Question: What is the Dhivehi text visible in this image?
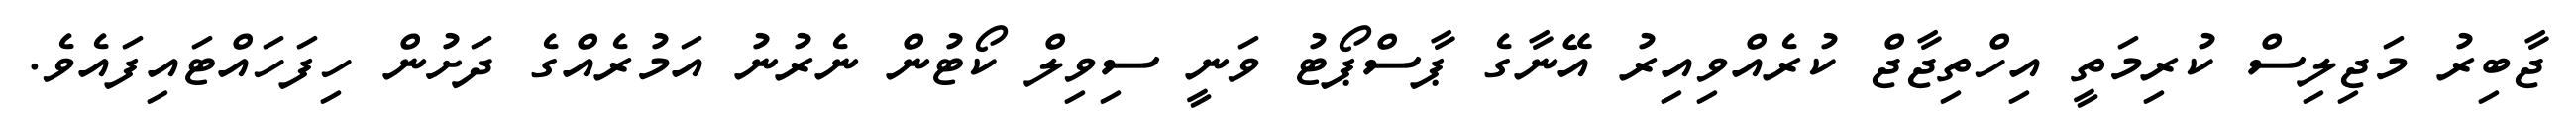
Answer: ޖާބިރު މަޖިލިސް ކުރިމަތީ އިހްތިޖާޖް ކުރެއްވިއިރު އޭނާގެ ޕާސްޕޯޓު ވަނީ ސިވިލް ކޯޓުން ނެރުނު އަމުރެއްގެ ދަށުން ހިފަހައްޓައިފައެވެ.